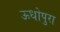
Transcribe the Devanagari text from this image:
ऊधोपुरा